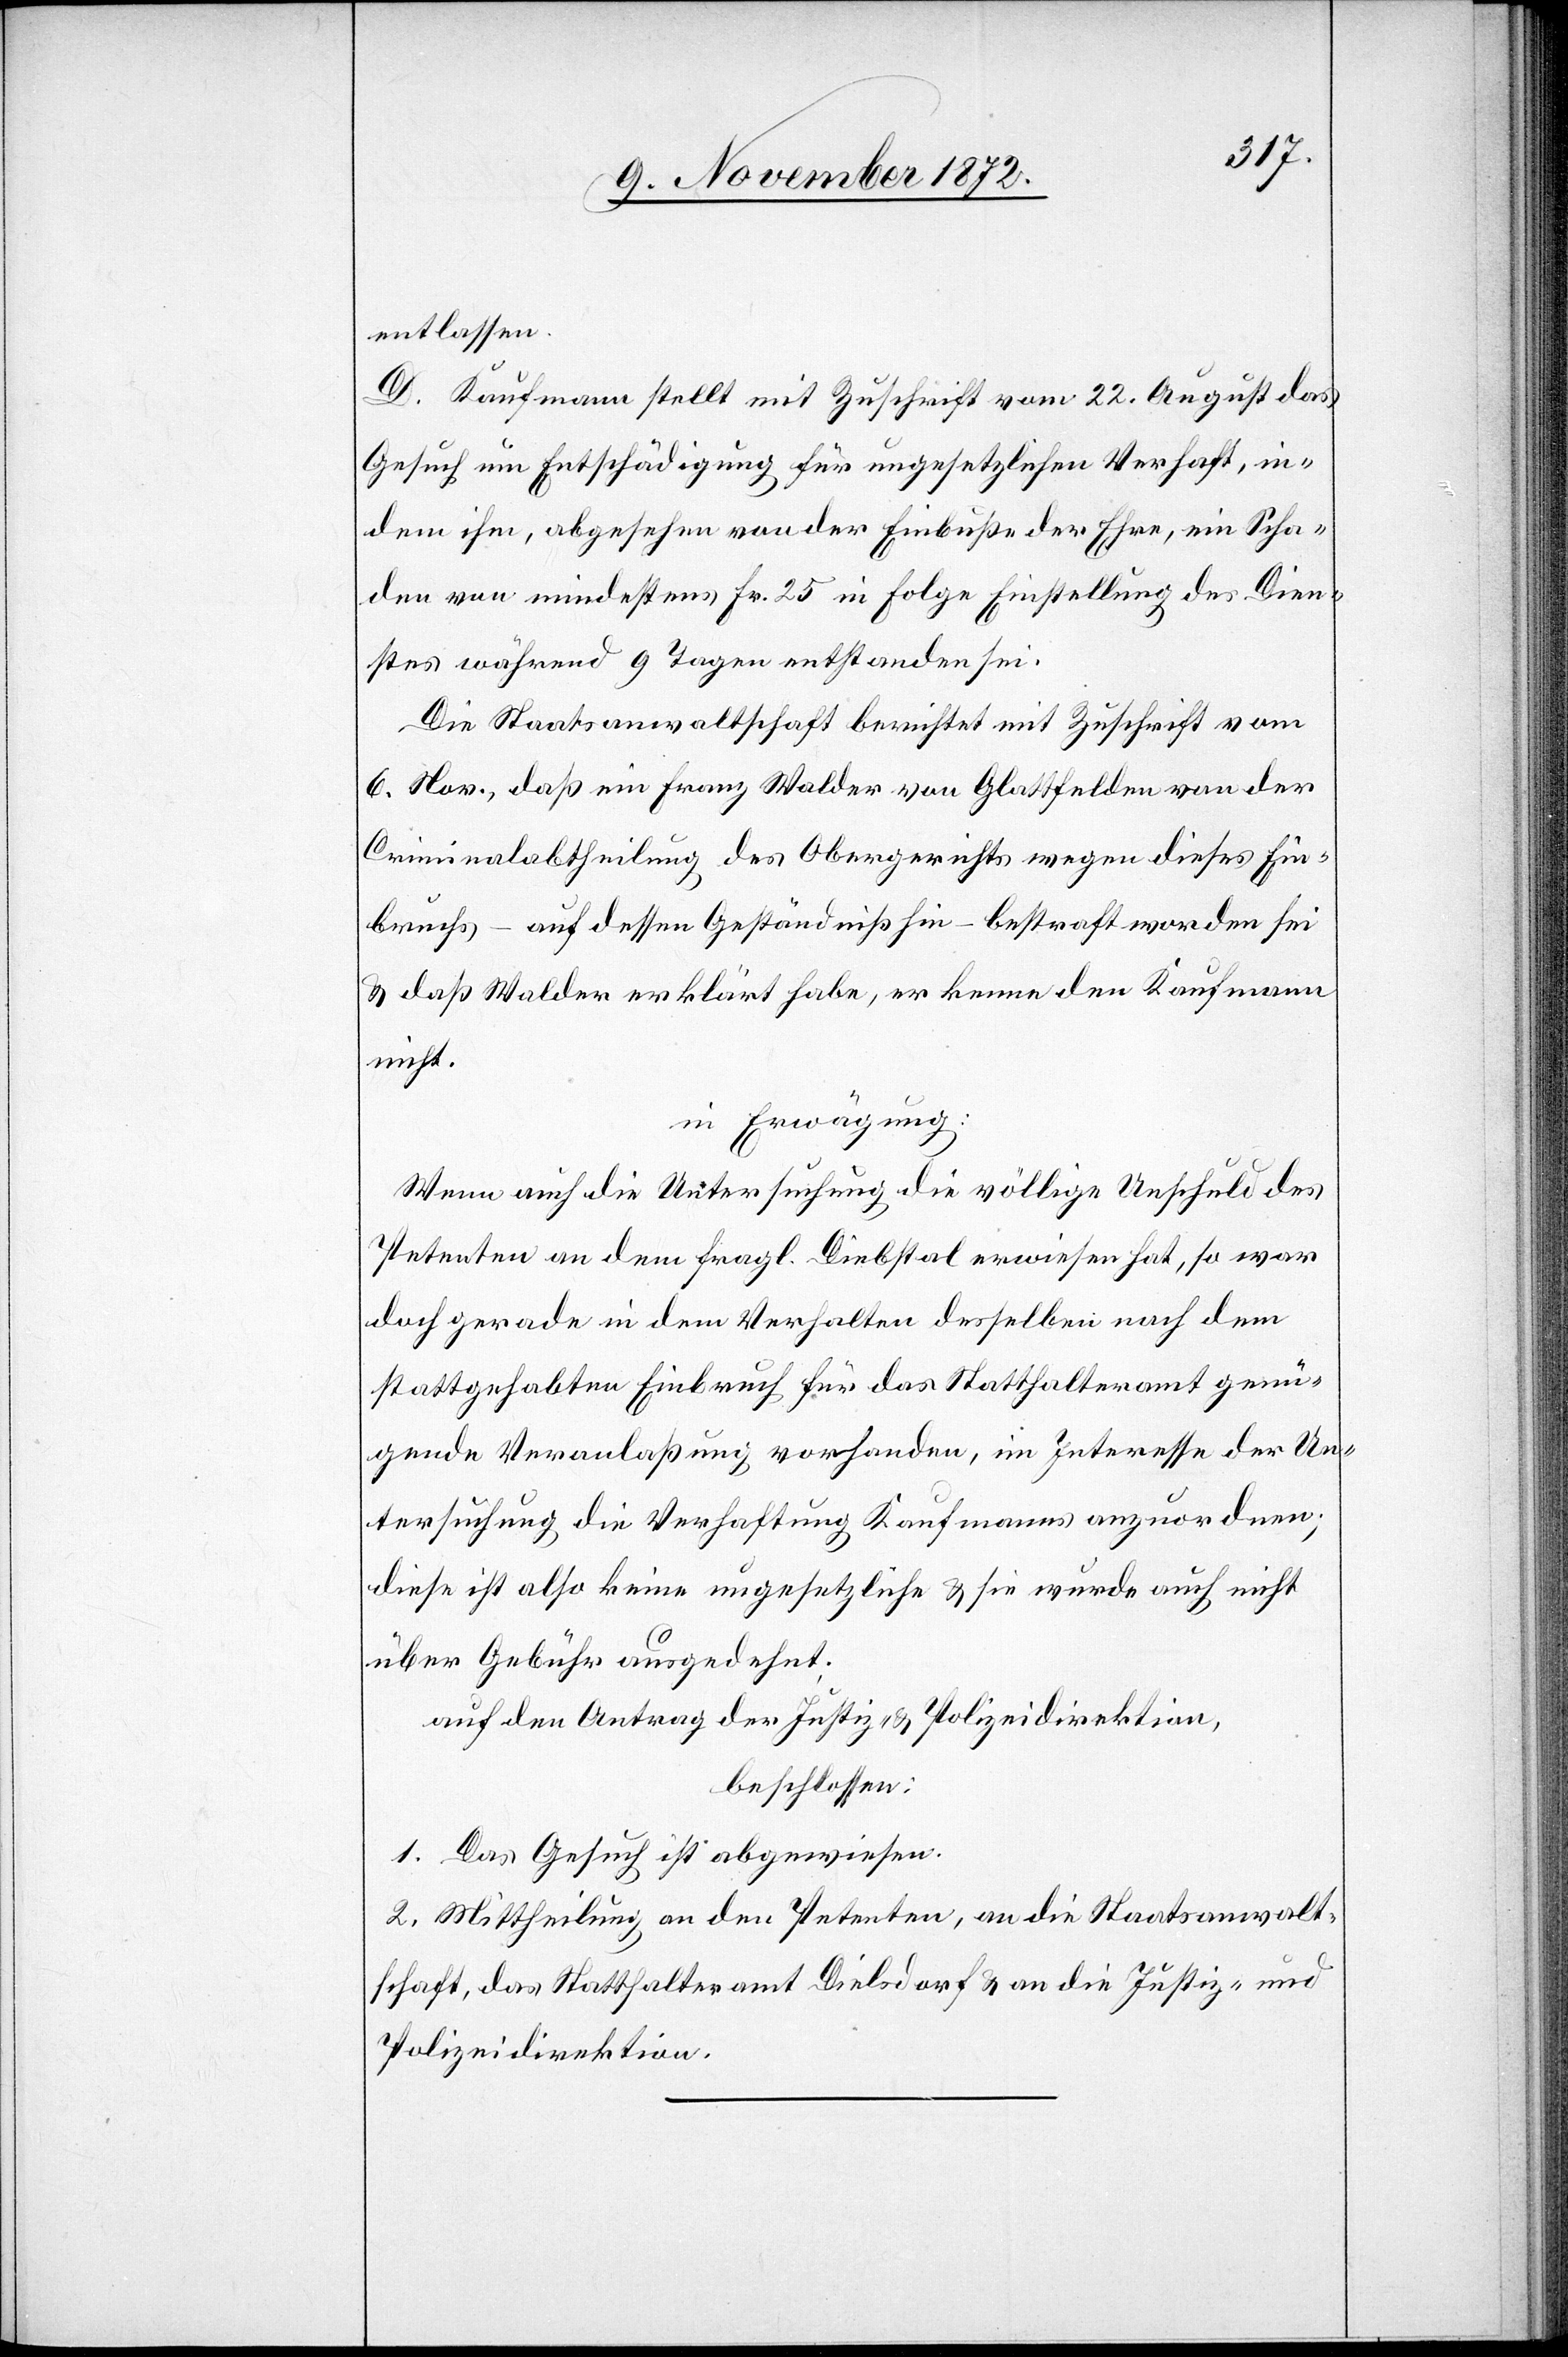
entlassen.
D. Kaufmann stellt mit Zuschrift vom 22. August das
Gesuch um Entschädigung für ungesetzlichen Verhaft, in¬
dem ihm, abgesehen von der Einbuße der Ehre, ein Scha¬
den von mindestens Fr. 25 in Folge Einstellung des Dien¬
stes während 9 Tagen entstanden sei.
Die Staatsanwaltschaft berichtet mit Zuschrift vom
6. Nov., daß ein Franz Walder von Glattfelden von der
Criminalabtheilung des Obergerichts wegen dieses Ein¬
bruchs – auf dessen Geständniß hin – bestraft worden sei
u. daß Walder erklärt habe, er kenne den Kaufmann
nicht.
in Erwägung:
Wenn auch die Untersuchung die völlige Unschuld des
Petenten an dem fragl. Diebstal erwiesen hat, so war
doch gerade in dem Verhalten desselben nach dem
stattgehabten Einbruch für das Statthalteramt genü¬
gende Veranlaßung vorhanden, im Interesse der Un¬
tersuchung die Verhaftung Kaufmanns anzuordnen;
diese ist also keine ungesetzliche u. sie wurde auch nicht
über Gebühr ausgedehnt.
auf den Antrag der Justiz- u. Polizeidirektion,
beschlossen:
1. Das Gesuch ist abgewiesen.
2. Mittheilung an den Petenten, an die Staatsanwalt¬
schaft, das Statthalteramt Dielsdorf u. an die Justiz- und
Polizeidirektion.